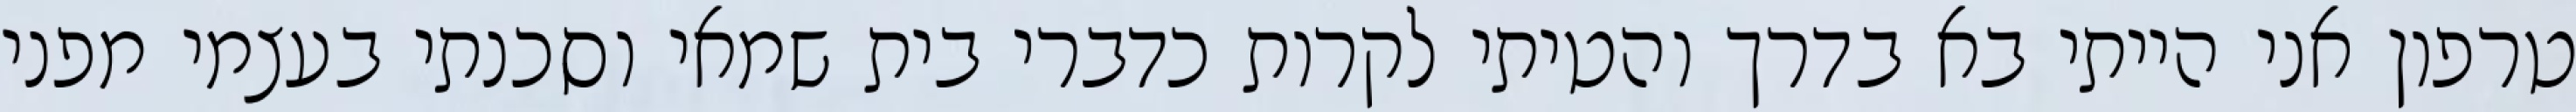
טרפון אני הייתי בא בדרך והטיתי לקרות כדברי בית שמאי וסכנתי בעצמי מפני